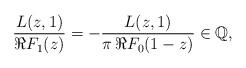
LaTeX: \begin{align*}\frac{L(z,1)}{\Re F_1(z)}=-\frac{L(z,1)}{\pi\,\Re F_0(1-z)}\in\mathbb Q,\end{align*}